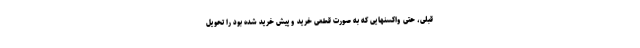
قبلی، حتی واکسنهایی که به صورت قطعی خرید و پیش خرید شده بود را تحویل